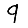
Digit: 9